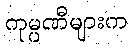
ကုမ္ပဏီများက